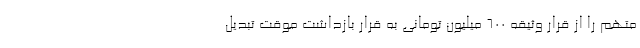
متهم را از قرار وثیقه ۶۰۰ میلیون تومانی به قرار بازداشت موقت تبدیل